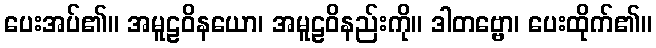
ပေးအပ်၏။ အမူဠဝိနယော၊ အမူဠဝိနည်းကို။ ဒါတဗ္ဗော၊ ပေးထိုက်၏။